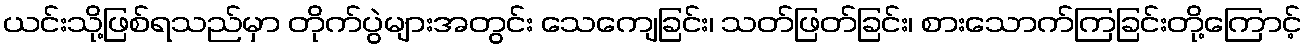
ယင်းသို့ဖြစ်ရသည်မှာ တိုက်ပွဲများအတွင်း သေကျေခြင်း၊ သတ်ဖြတ်ခြင်း၊ စားသောက်ကြခြင်းတို့ကြောင့်